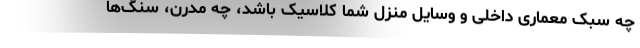
چه سبک معماری داخلی و وسایل منزل شما کلاسیک باشد، چه مدرن، سنگ‌ها